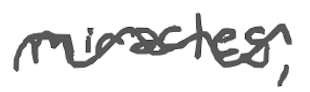
Text: miracles,
Cross-out: wave
Writing tool: digital_gray